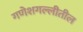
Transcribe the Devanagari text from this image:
गणेशगल्लीतील